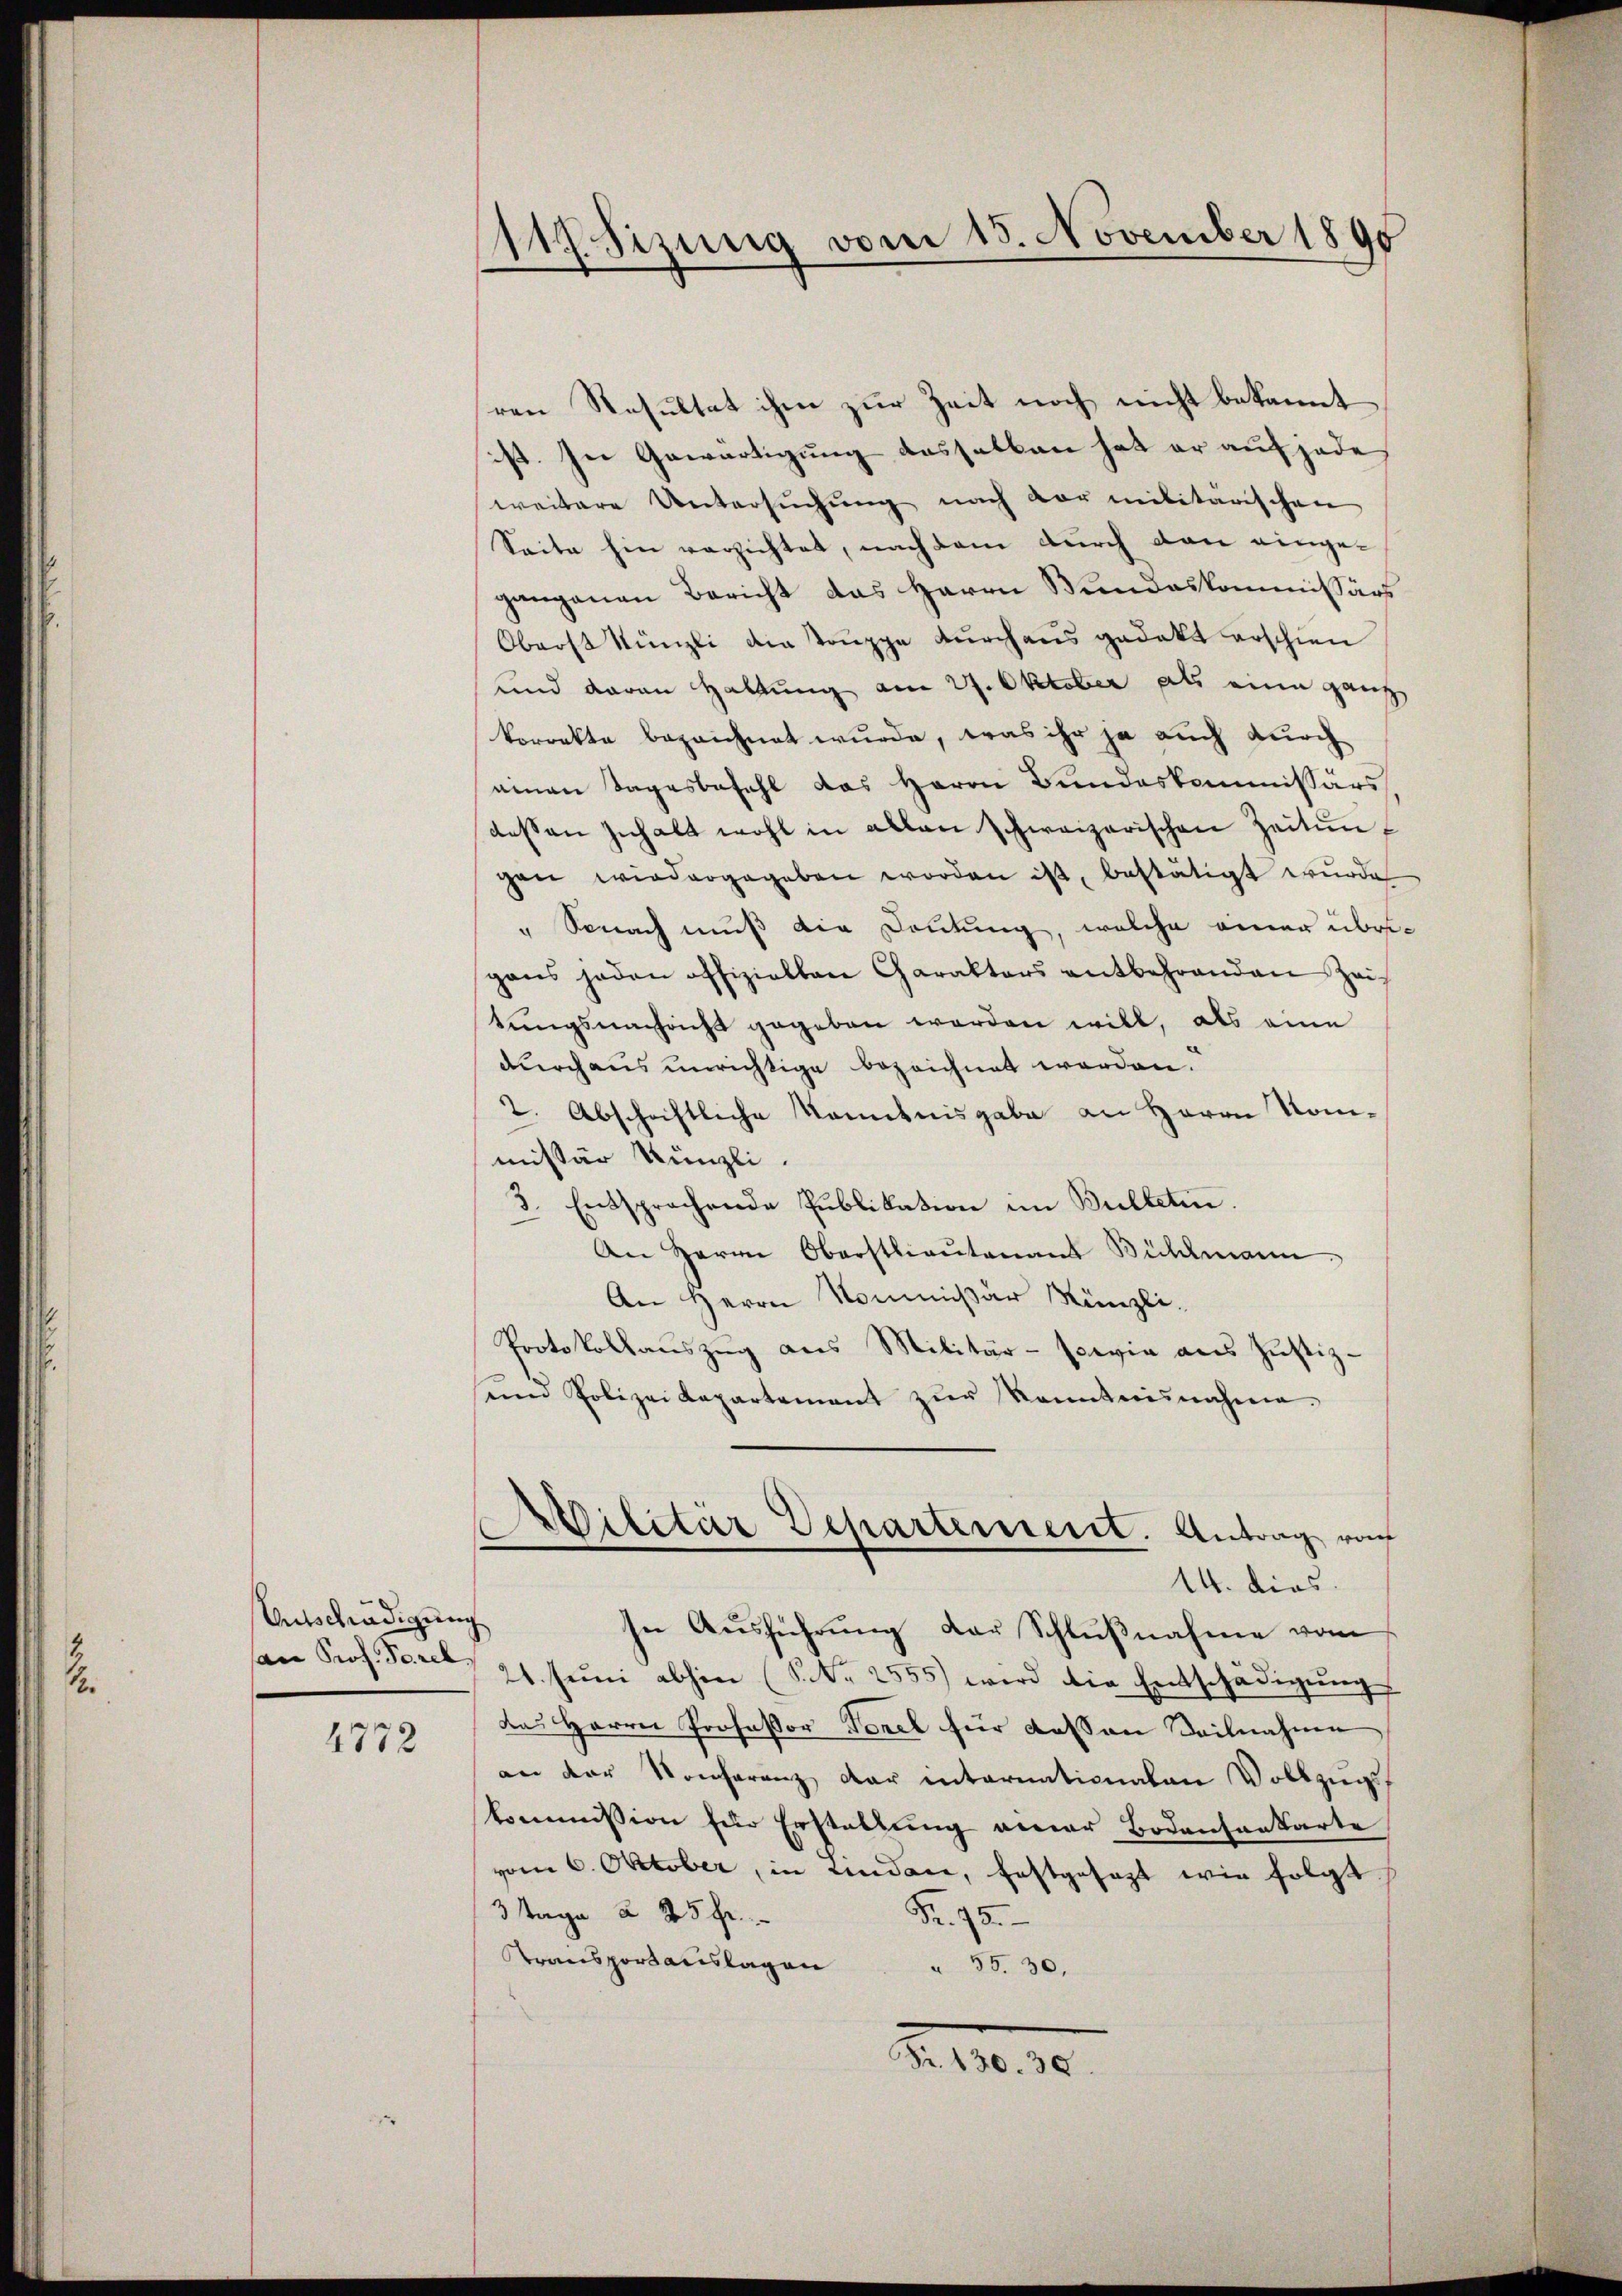
Entschädigung
an Prof. Derel
4772

117. Sizung vom 15. November 1890

ren Resultat ihm zur Zeit noch nicht bekannt
ist. In Gewärtigung dasselben hat er auf jede
weitere Untersuchung nach vor militarischen
Seite hin verzichtet, nachdem durch den eingegangenen Bericht das Herrn Wundeskommissärs
Oberst Künzli die Truppe durchaus gedakt erschien
und daran Haltung am 27. Oktober als eine ganz
korrekte bezeichnet wurde, was ihr ja auch durch
einen Tagesbefehl das Herrn Bundeskommissärs
dessen Inhalt wohl in allen schweizerischen Zeitungen wiedergegeben worden ist, bestätigt wurde
" Sonach muß die Deutung, welche einer übrigens jeden offiziellen Charakters entbehrenden Zei
tungsnachricht gegeben worden will, als eine
durchaus unrichtige bezeichnet worden.
2. Abschriftliche Kenntnisgabe an Herrn Kommissär Künzli.
3. Entsprechende Publikation im Bulteten.
An Herrn Oberstlieutenant Bühlmann.
An Herrn Kommißär Künzli.
Protokollauszug aus Militär- sowie aus Justiz-
sein Polizeidepartement zŭr Kenntnisnahme.
Militär Departement. Antrag vo
14. dies
In Ausführung der Schlußnahme vom
24. Juni abhin (N. N. 2555) wird die Entschädigungs
das Herrn Professor Tenel für dassen Teilnahme
an der Konferenz der internationalen Vollzugskommission für Erstellung einer Bodensankarte
vom 6. Oktober, in Lindame, festgesagt wir folgt.
3 Tage à 25 fr.
Fr. 75.
Transportanslagen " 35. 30.
N. N. 10.